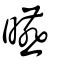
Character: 曣